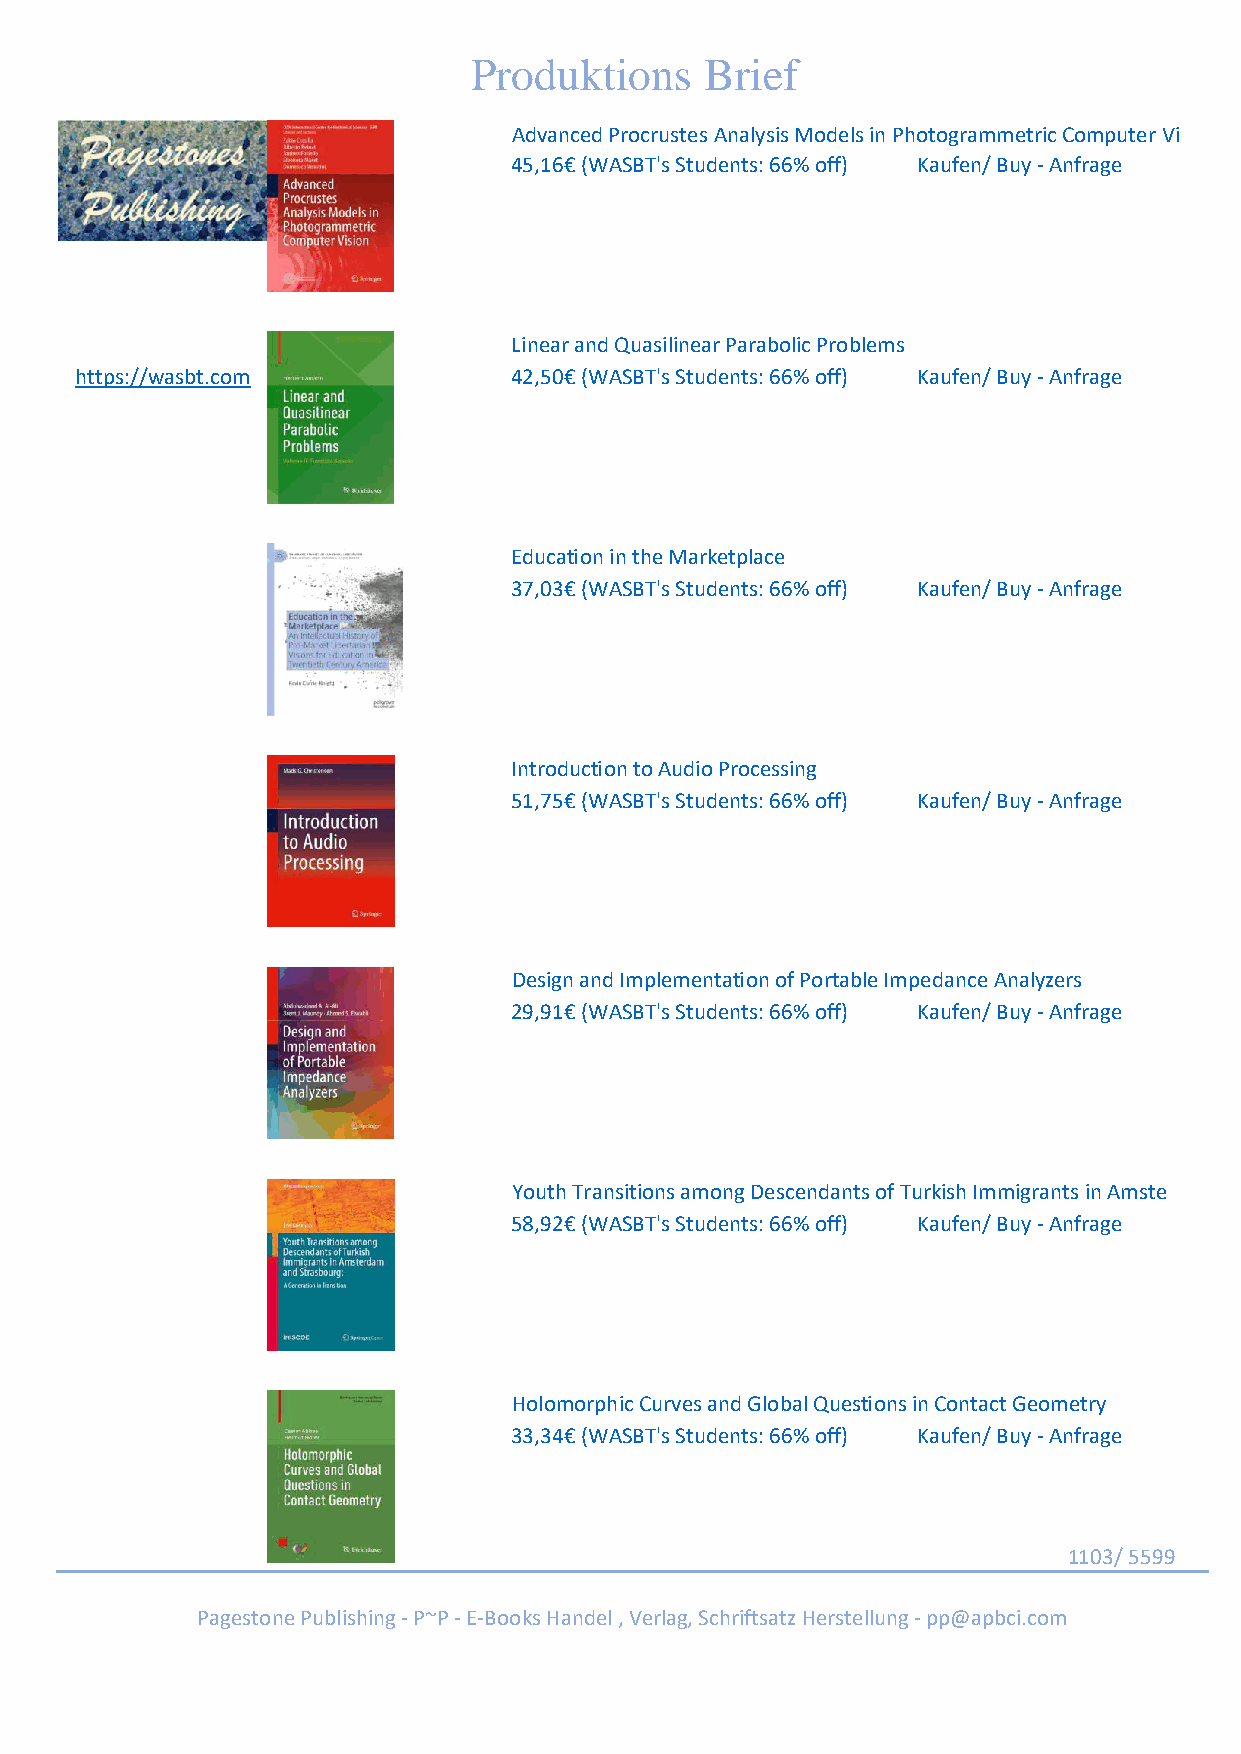
Produktions     Brief
 Advanced Procrustes Analysis Models in Photogrammetric Computer Vi
 45,16€ (WASBT's Students: 66% off) Kaufen/ Buy - Anfrage
 Linear and Quasilinear Parabolic Problems
 https://wasbt.com            42,50€ (WASBT's Students: 66% off) Kaufen/ Buy - Anfrage
 Education in the Marketplace
 37,03€ (WASBT's Students: 66% off) Kaufen/ Buy - Anfrage
 Introduction to Audio Processing
 51,75€ (WASBT's Students: 66% off) Kaufen/ Buy - Anfrage
 Design and Implementation of Portable Impedance Analyzers
 29,91€ (WASBT's Students: 66% off) Kaufen/ Buy - Anfrage
 Youth Transitions among Descendants of Turkish Immigrants in Amste
 58,92€ (WASBT's Students: 66% off) Kaufen/ Buy - Anfrage
 Holomorphic Curves and Global Questions in Contact Geometry
 33,34€ (WASBT's Students: 66% off) Kaufen/ Buy - Anfrage
 1103/ 5599
 Pagestone Publishing - P~P - E-Books Handel , Verlag, Schriftsatz Herstellung - pp@apbci.com